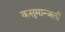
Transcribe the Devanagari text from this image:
कुसुमान्जली